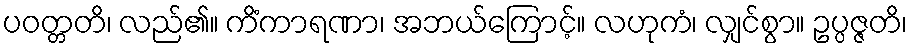
ပဝတ္တတိ၊ လည်၏။ ကိံကာရဏာ၊ အဘယ်ကြောင့်။ လဟုကံ၊ လျှင်စွာ။ ဥပ္ပဇ္ဇတိ၊